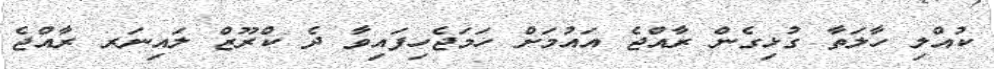
ކުއްލި ހާލަތާ ގުޅިގެން ރާއްޖެ އައުމަށް ހަމަޖެހިފައިވާ ދެ ކްރޫޒް ލައިނަރ ރާއްޖެ